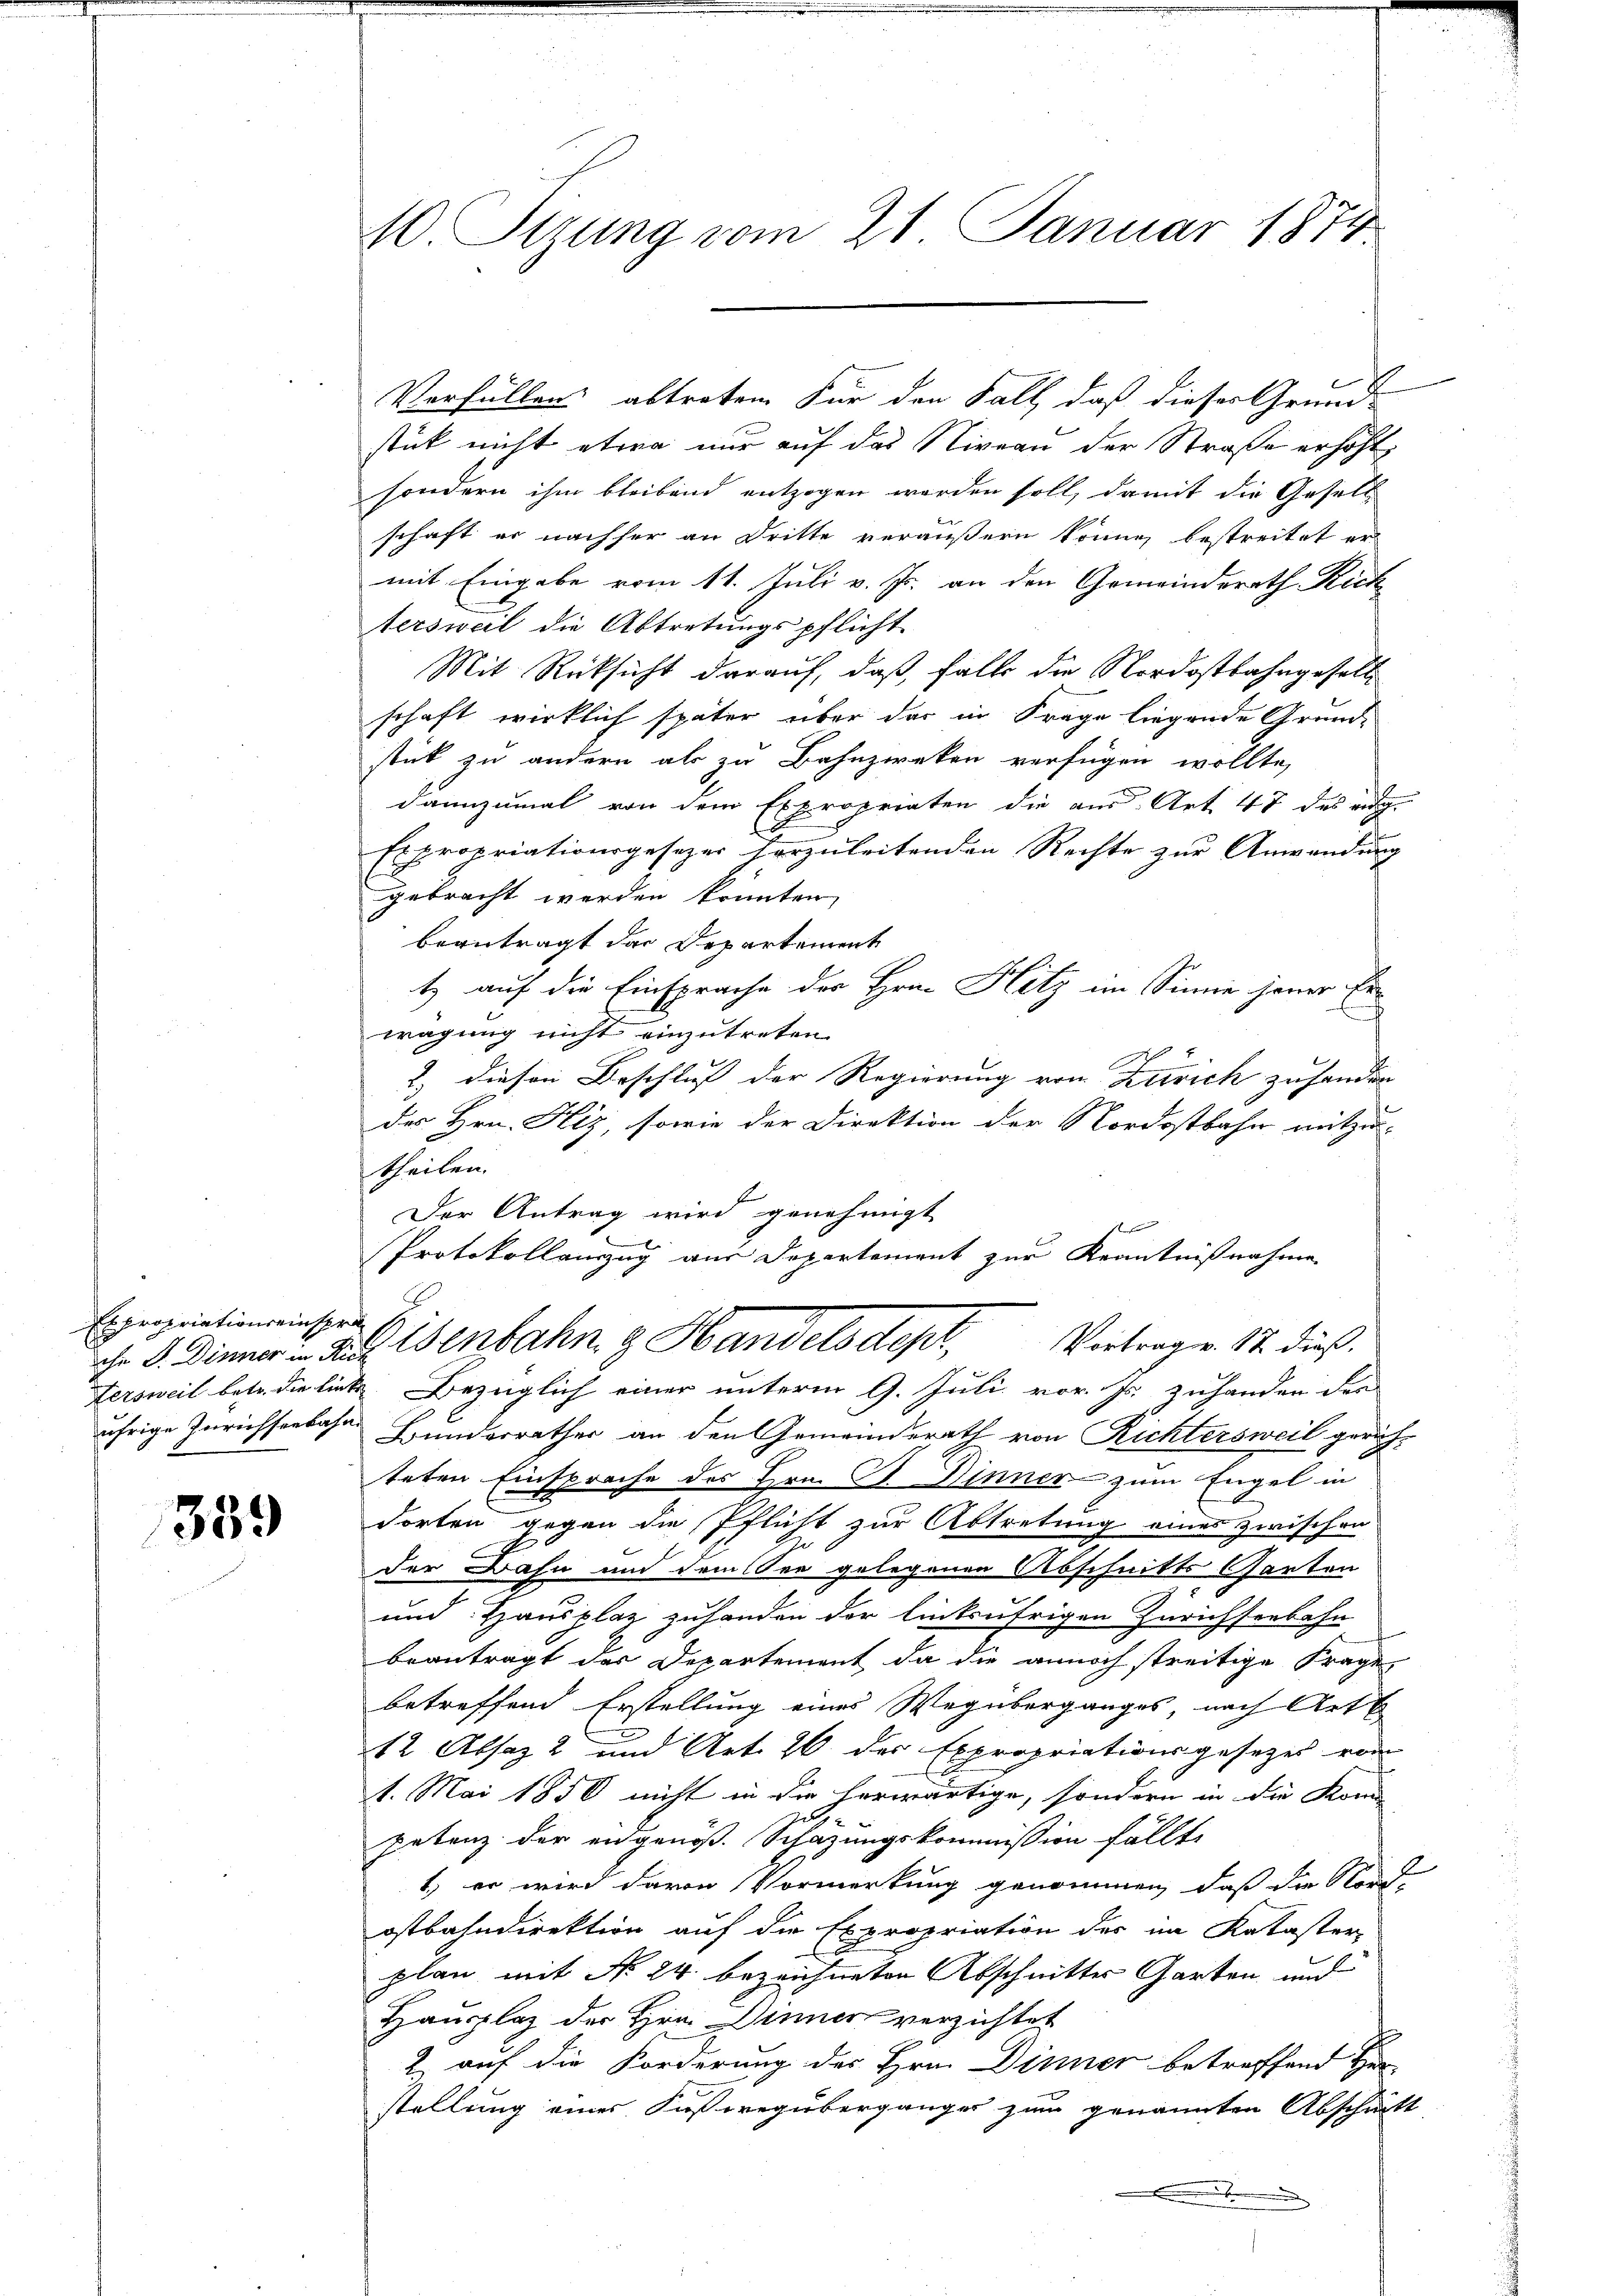
Es propriations einspra
ährige Inrichsenbahn.

339

10. Sizung vom 21. Januar 1874

Verfüllen abtreten Für den Fall, daß dieser Grund-
stück nicht etwa nur auf das Niveau der Straße erhöht,
sondern ihm bleibend entzogen worden soll, damit die Gesell
schaft er nachher an Dritte veräußern könne, bestreitet er
mit Eingabe vom 11. Juli v. Js. an den Gemeinderath Rich
tersweil die Abtretungspflicht
Mit Rücksicht darauf, daß, falls die Nordostbahngesell
schaft wirklich später über das in Frage liegende Grund-
stik zu andern als zu Bahnzweken verfügen wollte,
dannzumal von dem Expropriaten die aus Art. 47 des eig-
Expropriationsgesezer horzuleitenden Rechte zur Anwendung
gebracht werden könnten,
beantragt der Departement
t) auf die Einsprache der Hrn. Hetz im Sinne jener Er-
u
wägung nicht einzutreten.
2.) diesen Beschluß der Regierung von Zürich zu hander
des Hrn. Hiz, sowie der Direktion der Nordostbahn mitzu-
theilen.
Der Antrag wird genehmigt
r
e
Protokollanzug aus Departement zur Kenntnißnahme
E
hr 8. Diener in des enbahn g Handelsdept, Vietrage. 12. dieß,
fersweil betr. die liebe. Bezüglich einer unterm 9. Juli vor. Js. zuhanden der
Bunderrathes an den Gemeinderath von Richtersweil gerichteten Einsprache des Hrn. P. Binner zum Engel in
dorten gegen die Pflicht zur Abtretung eines zwischen
der Bahn und dem See gelegenen Abschnitts Garten
5
und Hausplaz zuhanden der linksufrigen Zürichseebahn
beantragt der Departement da die annoch streitige Frage,
betreffend Erstellung eines Wegüberganges nach Art
12 Absaz 2 und Art. 26 der Expropriationsgesetzes von
1. Mai 1850 nicht in die herwärtige, sondern in die Komi
üthe
petenz der eidgenöß. Schazungskommission fällt
2
1) er wird davon Vormerkung genommen, daß die Nord-
ostbahndirektion auf die Expropriation der im Kataster-
E
plan mit No 24. bezeichneten Abschnitter Garten und
Hauplaz der Hrn. Dinner verzichtet
2 auf die Forderung des Hrn. Dinner betreffend
stellung eines Kaswregübergänger zum genannten Abschritt
x